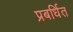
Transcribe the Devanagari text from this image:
प्रबर्धित